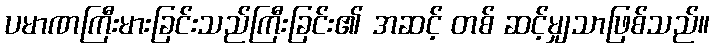
ပမာဏကြီးမားခြင်းသည်ကြီးခြင်း၏ အဆင့် တစ် ဆင့်မျှသာဖြစ်သည်။